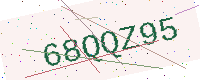
Text: 68QQZ95